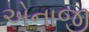
એનાજી